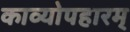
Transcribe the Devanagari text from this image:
काव्योपहारम्